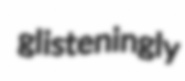
glisteningly